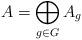
LaTeX: \begin{align*}A=\bigoplus_{g\in G} A_g\end{align*}